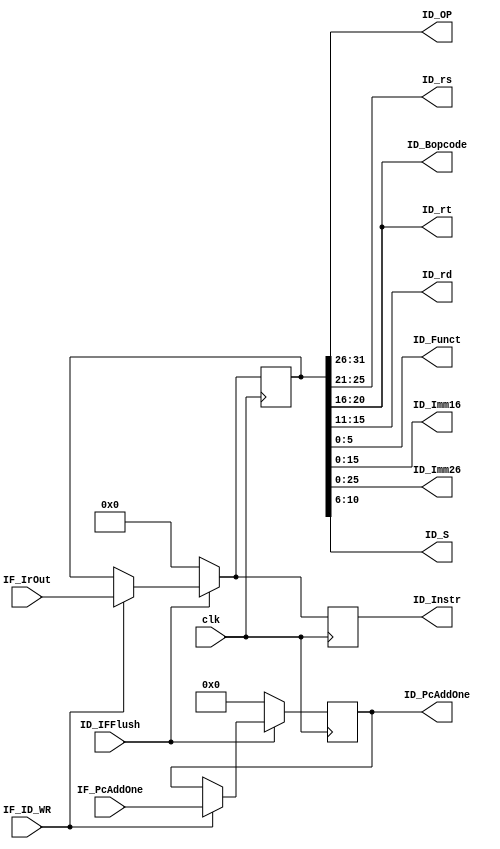
module PIPE_1_IF_ID_REG (
    input [31:0] IF_IrOut,
    input [31:2] IF_PcAddOne,
    input ID_IFFlush,
    input clk,
    input IF_ID_WR,

    output [5:0]  ID_OP,     
    output [4:0]  ID_rs,     
    output [4:0]  ID_rt,     
    output [4:0]  ID_rd,        
    output [5:0]  ID_Funct,   
    output [4:0]  ID_Bopcode,   
    output [31:2] ID_PcAddOne,
    output [15:0] ID_Imm16,
    output [25:0] ID_Imm26,
    output [4:0]  ID_S,          //
    output [31:0] ID_Instr
);
    reg [31:0] ID_IrOut_r;
    reg [31:2] ID_PcAddOne_r;
    reg [31:0] ID_Instr_r;

    always @(posedge clk) begin
         if (IF_ID_WR == 1'b1)begin
            ID_IrOut_r<=IF_IrOut;
            ID_Instr_r<=IF_IrOut;
            ID_PcAddOne_r<=IF_PcAddOne;
        end
        else if (IF_ID_WR == 1'b0)begin
            ID_IrOut_r<=ID_IrOut_r;
            ID_Instr_r<=ID_IrOut_r;
            ID_PcAddOne_r<=ID_PcAddOne_r;
        end
        if (ID_IFFlush == 1'b0)begin
            ID_IrOut_r<=32'b0;
            ID_Instr_r<=32'b0;
            ID_PcAddOne_r<=30'b0;
        end
        
        
    end
    assign ID_OP = ID_IrOut_r[31:26];
    assign ID_rs = ID_IrOut_r[25:21];
    assign ID_rt = ID_IrOut_r[20:16];
    assign ID_rd = ID_IrOut_r[15:11];
    assign ID_Imm16 = ID_IrOut_r[15:0];
    assign ID_Funct = ID_IrOut_r[5:0];
    assign ID_Bopcode = ID_IrOut_r[20:16];
    assign ID_PcAddOne = ID_PcAddOne_r;
    assign ID_Imm26 = ID_IrOut_r[25:0];
    assign ID_S = ID_IrOut_r[10:6];
    assign ID_Instr = ID_Instr_r;
endmodule